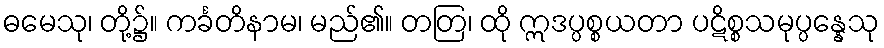
ဓမေသု၊ တို့၌။ ကင်္ခတိနာမ၊ မည်၏။ တတြ၊ ထို ဣဒပ္ပစ္စယတာ ပဋိစ္စသမုပ္ပန္နေသု